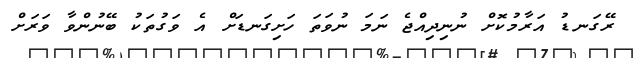
ރޭގަނޑު އަރާމުކޮށް ނުނިދިއްޖެ ނަމަ ނުވަތަ ހަށިގަނޑަށް އެ ވަގުތަކު ބޭނުންވާ ވަރަށް